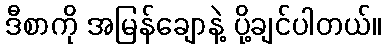
ဒီစာကို အမြန်ချောနဲ့ ပို့ချင်ပါတယ်။